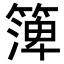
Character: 𥱼